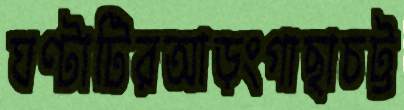
ঘণ্টাটিরআড়ংগাছাচট্ট